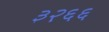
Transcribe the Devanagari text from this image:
३२६६